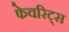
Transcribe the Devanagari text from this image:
फेवरिट्स